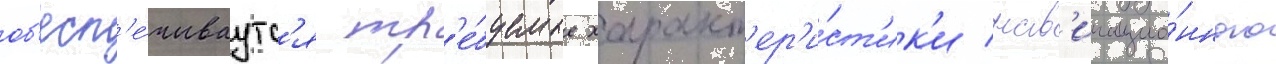
об'есп'е́чиваутс'я тр'е́буемые характ'ер'и́ст'ик'и нав'игацио́нного